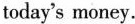
today's money.